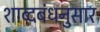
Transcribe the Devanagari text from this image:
शाब्दबंधनुसार